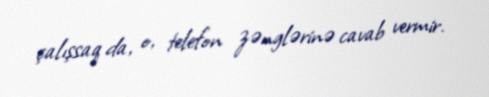
çalışsaq da, o, telefon zənglərinə cavab vermir.